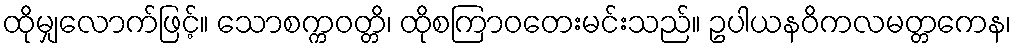
ထိုမျှလောက်ဖြင့်။ သောစက္ကဝတ္တိ၊ ထိုစကြာဝတေးမင်းသည်။ ဥပါယနဝိကလမတ္တကေန၊